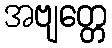
အဗျတ္တေ